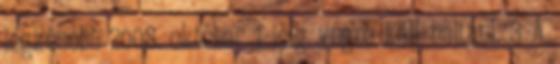
legkésõbb 2008. október 1-jéig végre kell hajtani. 3 A